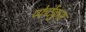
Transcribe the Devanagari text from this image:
प्फेर्देकुस